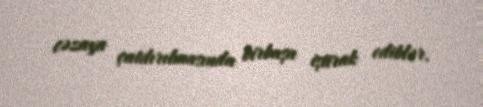
cəzaya çatdırılmasında birbaşa iştirak ediblər.